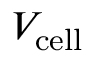
V _ { \mathrm { c e l l } }